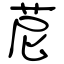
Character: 苨